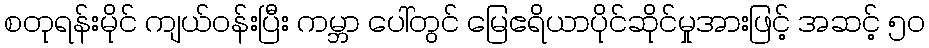
စတုရန်းမိုင် ကျယ်ဝန်းပြီး ကမ္ဘာ ပေါ်တွင် မြေဧရိယာပိုင်ဆိုင်မှုအားဖြင့် အဆင့် ၅၀